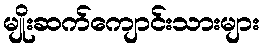
မျိုးဆက်ကျောင်းသားများ